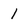
Character: 1